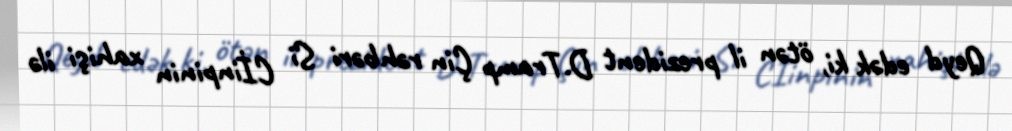
Qeyd edək ki, ötən il prezident D.Tramp Çin rəhbəri Si Cİinpinin xahişi ilə